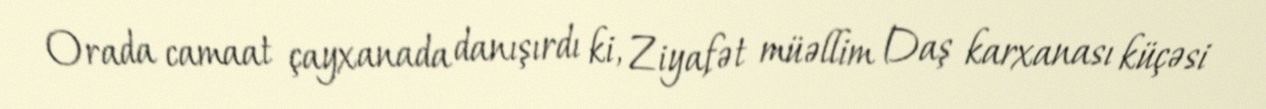
Orada camaat çayxanada danışırdı ki, Ziyafət müəllim Daş karxanası küçəsi